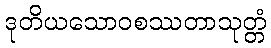
ဒုတိယသောဝစဿတာသုတ္တံ